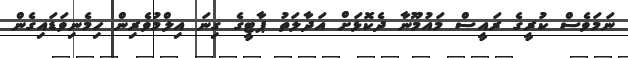
ނަމަވެސް ކުރީގެ ރައީސް މައުމޫނާ ދެކޮޅަށް އަދާލަތު ޕާޓީގެ ގިނަ އިލްމުވެރިން ހިމެނިވަޑައިގެން